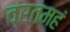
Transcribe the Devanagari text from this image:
व्रतमहं